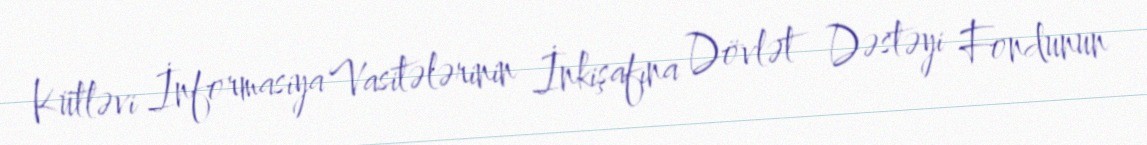
Kütləvi İnformasiya Vasitələrinin İnkişafına Dövlət Dəstəyi Fondunun